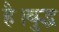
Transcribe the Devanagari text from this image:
है।बुद्ध